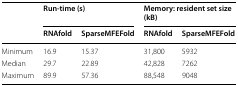
<table><thead><tr><td rowspan="2"></td><td colspan="2"><b>Run-time (s)</b></td><td colspan="2"><b>Memory: resident set size (kB)</b></td></tr><tr><td><b>RNAfold</b></td><td><b>SparseMFEFold</b></td><td><b>RNAfold</b></td><td><b>SparseMFEFold</b></td></tr></thead><tbody><tr><td>Minimum</td><td>16.9</td><td>15.37</td><td>31,800</td><td>5932</td></tr><tr><td>Median</td><td>29.7</td><td>22.89</td><td>42,828</td><td>7262</td></tr><tr><td>Maximum</td><td>89.9</td><td>57.36</td><td>88,548</td><td>9048</td></tr></tbody></table>